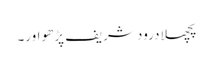
پچھلا درود شریف پڑھو اور۔